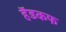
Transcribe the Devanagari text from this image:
हॅडकफ